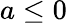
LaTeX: a\leq 0